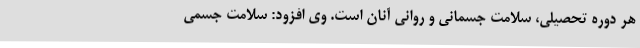
هر دوره تحصیلی، سلامت جسمانی و روانی آنان است. وی افزود: سلامت جسمی